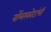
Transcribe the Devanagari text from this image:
बॉम्बस्फोटांची